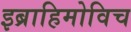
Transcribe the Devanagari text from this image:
इब्राहिमोविच